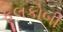
ફૂલકોબી